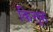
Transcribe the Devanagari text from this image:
कित्तूरु